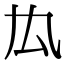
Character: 𠘯